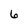
Character: 6